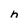
Character: h